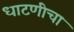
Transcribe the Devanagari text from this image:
धाटणीचा